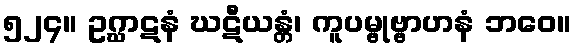
၅၂၄။ ဥဂ္ဃာဋနံ ဃဋီယန္တံ၊ ကူပမ္ဗုဗ္ဗာဟနံ ဘဝေ။